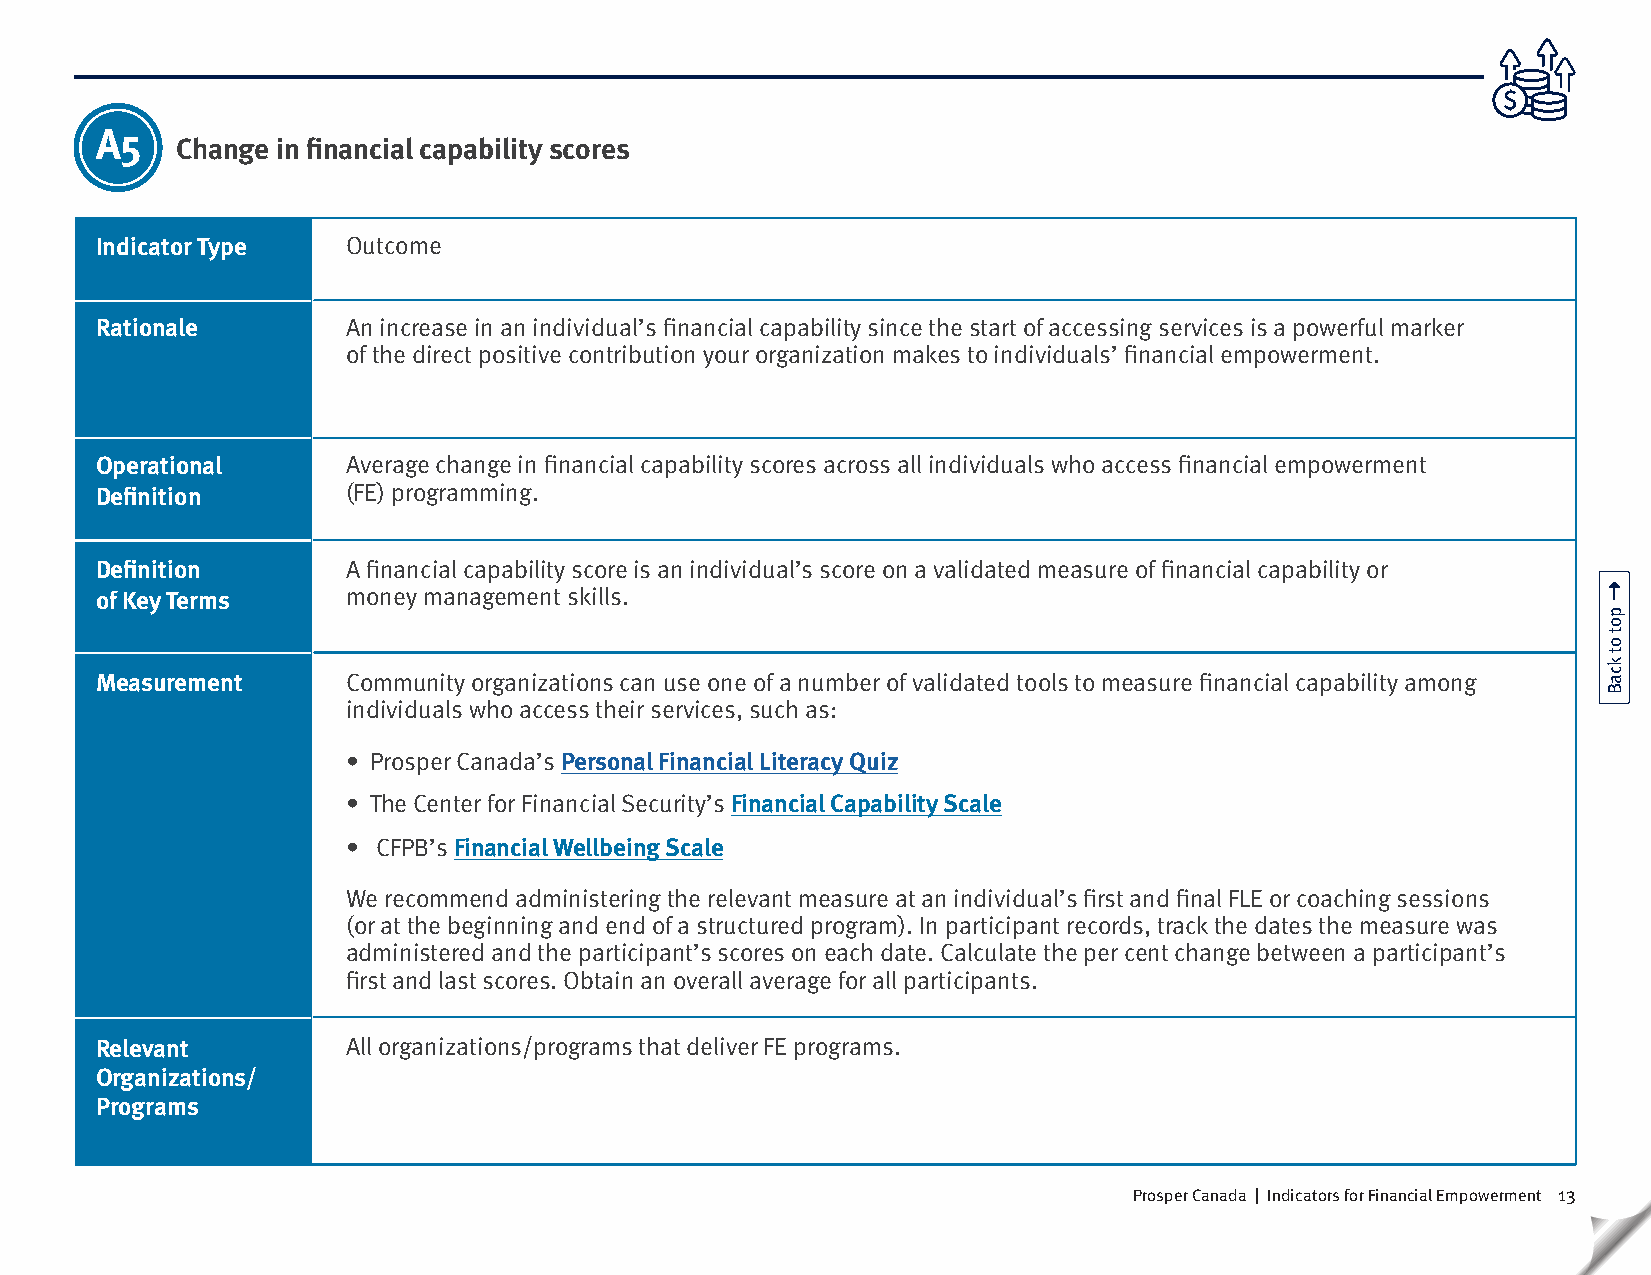
A5
 Change in financial capability scores
 Indicator Type   Outcome
 Rationale        An increase in an individual’s financial capability since the start of accessing services is a powerful marker
 of the direct positive contribution your organization makes to individuals’ financial empowerment.
 Operational      Average change in financial capability scores across all individuals who access financial empowerment
 Definition       (FE) programming.
 Definition       A financial capability score is an individual’s score on a validated measure of financial capability or
 of Key Terms     money management skills.
 Measurement      Community organizations can use one of a number of validated tools to measure financial capability among
 individuals who access their services, such as:
 • Prosper Canada’s Personal Financial Literacy Quiz
 • The Center for Financial Security’s Financial Capability Scale
 • CFPB’s Financial Wellbeing Scale
 We recommend administering the relevant measure at an individual’s first and final FLE or coaching sessions
 (or at the beginning and end of a structured program). In participant records, track the dates the measure was
 administered and the participant’s scores on each date. Calculate the per cent change between a participant’s
 first and last scores. Obtain an overall average for all participants.
 Relevant         All organizations/programs that deliver FE programs.
 Organizations/
 Programs
 Prosper Canada | Indicators for Financial Empowerment 13
 pot
 ot
 kcaB